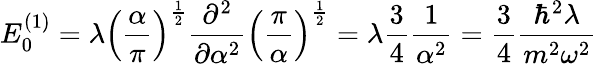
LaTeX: E_{0}^{(1)}=\lambda\left({\frac{\alpha}{\pi}}\right)^{\frac{1}{2}}{\frac{\partial^{2}}{\partial\alpha^{2}}}\left({\frac{\pi}{\alpha}}\right)^{\frac{1}{2}}=\lambda{\frac{3}{4}}{\frac{1}{\alpha^{2}}}={\frac{3}{4}}{\frac{\hbar^{2}\lambda}{m^{2}\omega^{2}}}